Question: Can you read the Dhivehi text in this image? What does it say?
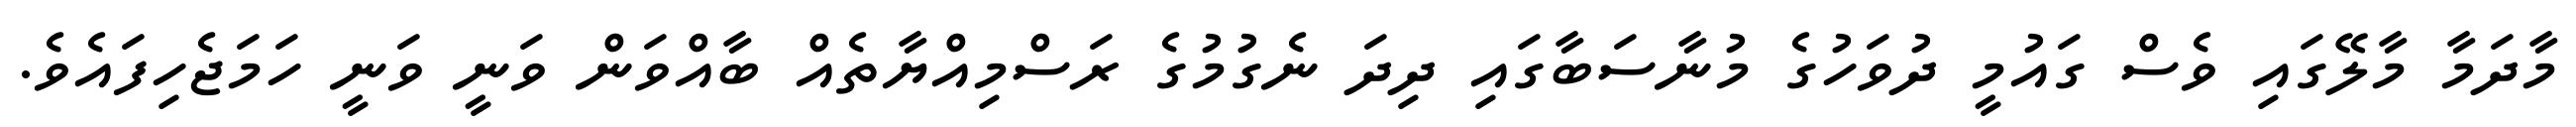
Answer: މާދަމާ މާލޭގައި ވެސް ގައުމީ ދުވަހުގެ މުނާސަބާގައި ދިދަ ނެގުމުގެ ރަސްމިއްޔާތެއް ބާއްވަން ވަނީ ވަނީ ހަމަޖެހިފައެވެ.